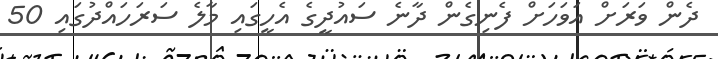
ދެން ވަރަށް އަވަހަށް ފެނިގެން ދާނެ ސައުދީގެ އެހީގައި މާލެ ސަރަހައްދުގައި 50